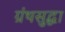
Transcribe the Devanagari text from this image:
ग्रंथसुद्धा